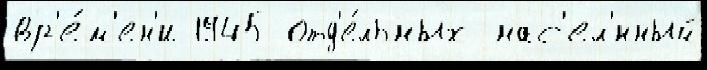
вр'е́м'ен'и 1945 отд'е́льных нас'ел'́нный